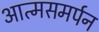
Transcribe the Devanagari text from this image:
आत्मसमर्पन